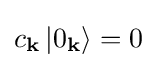
c_{\mathbf {k} }\left|0_{\mathbf {k} }\right\rangle =0